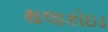
થલાકોઇડ